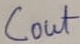
Text: Cout